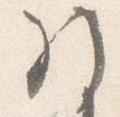
引